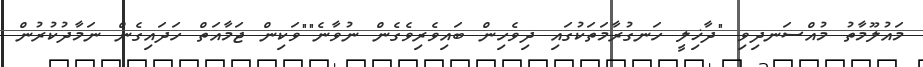
މައުލޫމާތު މުއްސަނދިވި "ދާޚިލީ ހަނގުރާމަތަކުގައި ދިވެހިން ބައިވެރިވެގެން ނުވާނެ""ވަކިން ޖަމާއަތް ހަދައިގެން ނަމާދުކުރުން